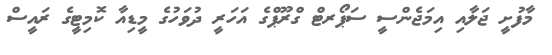
މާފުށީ ޖަލާއި އިމަޖެންސީ ސަޕޯރޓް ގްރޫޕްގެ އަހަރީ ދުވަހުގެ މީޑިއާ ކޮމިޓީގެ ރައީސް